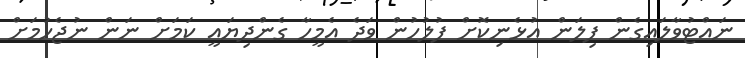
ނައްޓުވާލައިގެން ފިލަން އުޅެނިކޮށް ފުލުހުން ވަދެ އެމީހާ ގެންދިޔައީ ކަމަށް ނަން ނުޖެހުމަށް